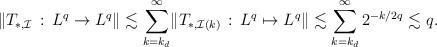
LaTeX: \begin{align*}\lVert T _{\ast , \mathcal I} \,:\, L ^q \to L ^q \rVert &\lesssim \sum_{k=k_d} ^{\infty } \lVert T _{\ast , \mathcal I (k)} \,:\, L ^q \mapsto L ^q \rVert\lesssim \sum_{k=k_d} ^{\infty } 2 ^{-k/2q} \lesssim q. \end{align*}